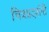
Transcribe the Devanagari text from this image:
चित्रप्रदर्शनी